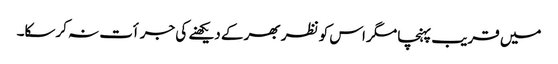
میں قریب پہنچا مگر اس کو نظر بھر کے دیکھنے کی جرأت نہ کرسکا۔